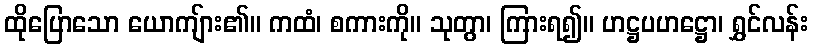
ထိုပြောသော ယောကျ်ား၏။ ကထံ၊ စကားကို။ သုတွာ၊ ကြားရ၍။ ဟဋ္ဌပဟဋ္ဌော၊ ရွှင်လန်း